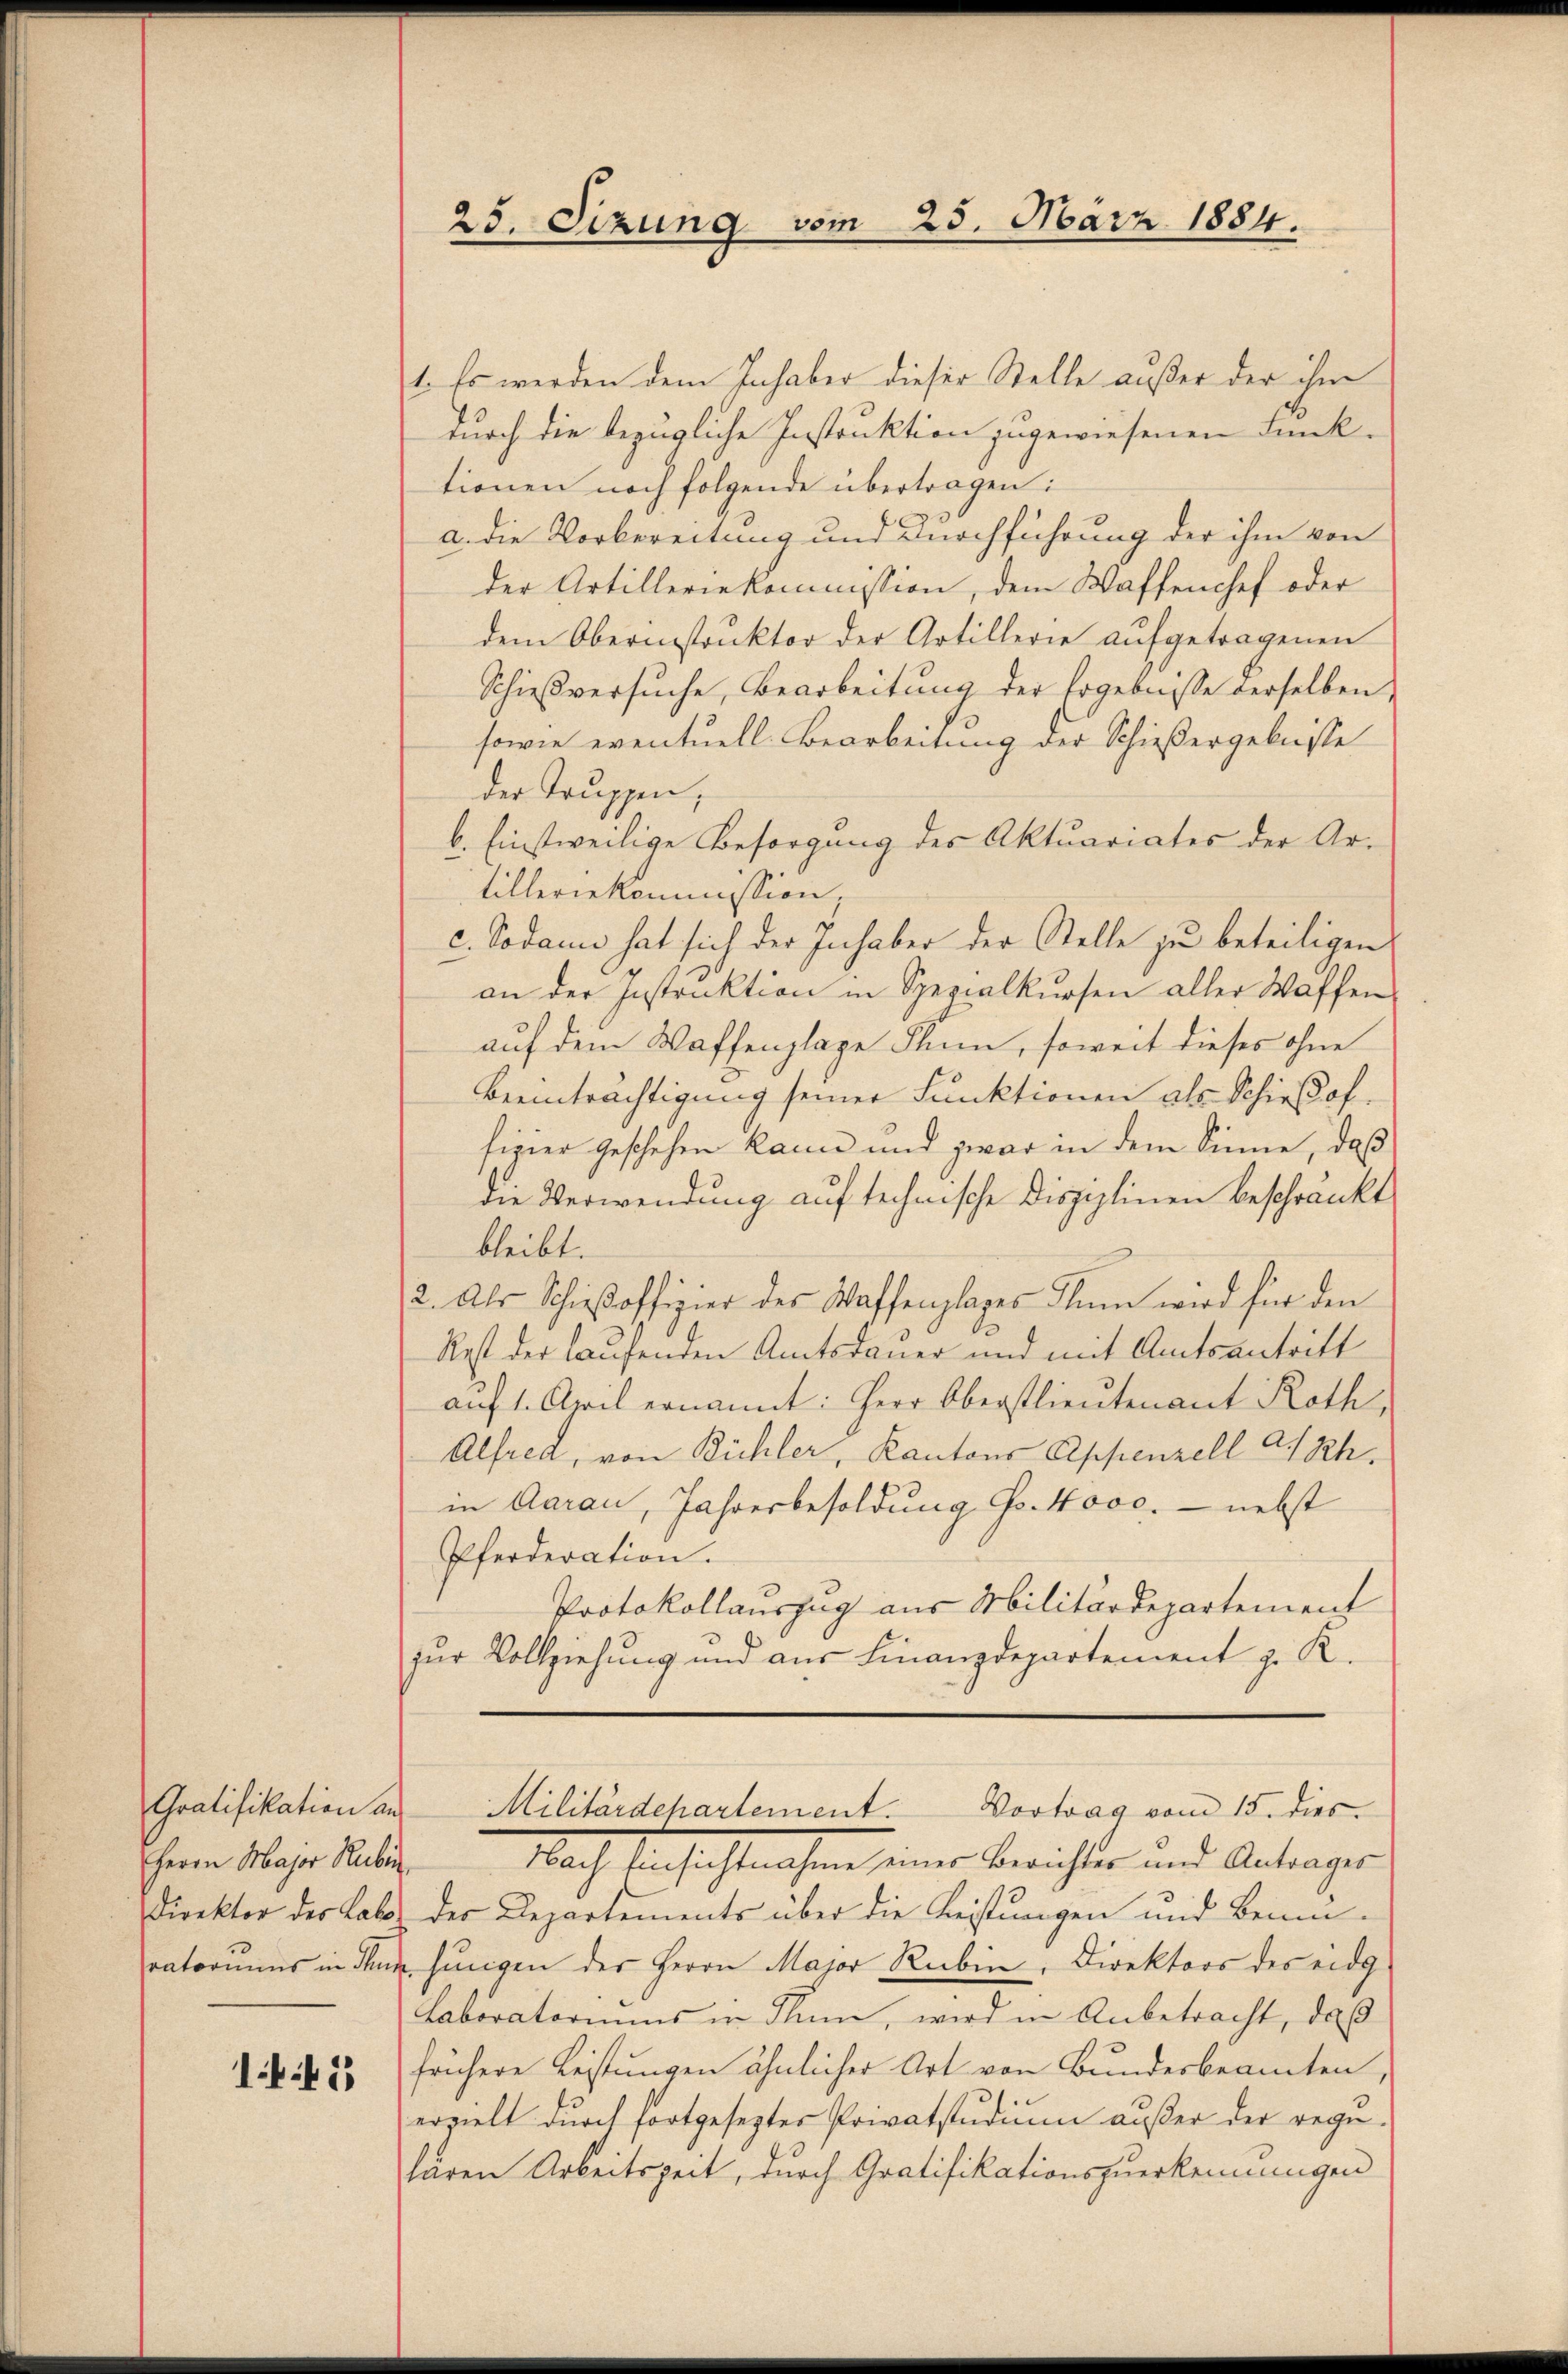
Gratifikation an
Herrn Major Rubin
Direktor der Labo

1 f 15

1. Es werden dem Inhaber dieser Stelle außer der ihm
durch die bezügliche Instruktion zugewiesenen Funk-
tionen noch folgende übertragen:
a. die Vorbereitung und Durchführung der ihm von
der Artilleriekommission, dem Waffenchef oder
dem Oberinstruktor der Artillerie aufgetragenen
Schießversuche, Bearbeitung der Ergebnisse derselben,
sowie eventuell Bearbeitung der Schießergebnisse
der Truppen,
b. Einstweilige Besorgung des Aktuariates der Artilleriekommission,
c. Sodann hat sich der Inhaber der Stelle zu beteiligen
an der Instruktion in Spezialkursen aller Waffen-
auf dem Waffenplage Thun, soweit dieses ohne
Beeinträchtigung seiner Funktionen als Schießoffizier geschehen kann und zwar in dem Sinne, daß
die Verwendung auf technische Disziplinen beschränkt.
bleibt.
2. Als Schieβoffizier der Waffenplages Blŭm wird für den
Rest der laufenden Amtsdauer und mit Amtsantritt
auf 1. April ernannt: Herr Oberstlieutenant Roth,
Alfred, von Bühler, Kantons Appenzell A.Rh.
in Aarau, Jahresbesoldung Go. Novc. - nebst
Pferderation.
Protokollauszug aus Militärdepartement
zur Vollziehung und aus Finanzdepartement z. K.

25. Sizung vom 25. März 1884.

Nach Einsichtnahme einer Berichtes und Antrages
der Departements über die Leistungen und Bemüratoriums in dem jungen der Herrn Major Rubin, Direktors des eidg
Laboratoriums in Thun, wird in Anbetracht, daß
frühere Leistungen ähnlicher Art von Bundesbeamten,
erzielt durch fortgesezter Privatstudium außer der regu-
lären Arbeitszeit, durch Gratifikationszuerkennungen

Militärdehartement. Vortrag vom 15. dies